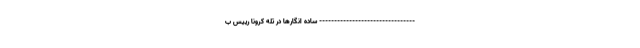
-------------------------------- ساده انگارها در تله کرونا رییس ب